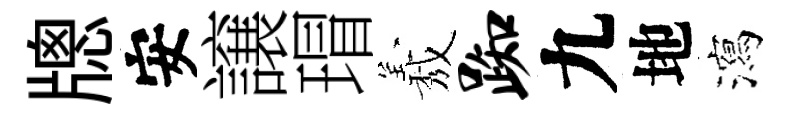
牕安譲瑁𦏁踟九地瀉